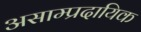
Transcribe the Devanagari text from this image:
असाम्प्रदायिक